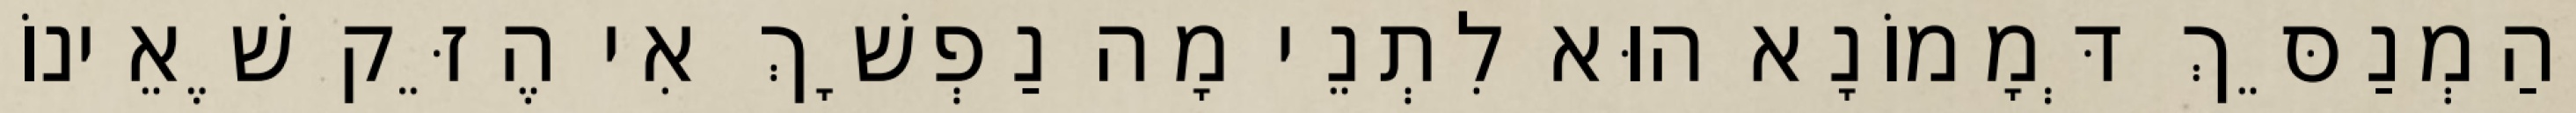
וְהַמְנַסֵּךְ דְּמָמוֹנָא הוּא לִתְנֵי מָה נַפְשָׁךְ אִי הֶזֵּק שֶׁאֵינוֹ